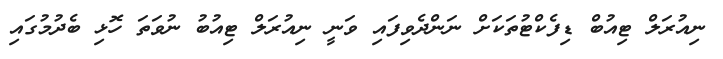
ނިއުރަލް ޓިއުބް ޑިފެކްޓުތަކަށް ނަންދެވިފައި ވަނީ ނިއުރަލް ޓިއުބު ނުވަތަ ހޮޅި ބެދުމުގައި